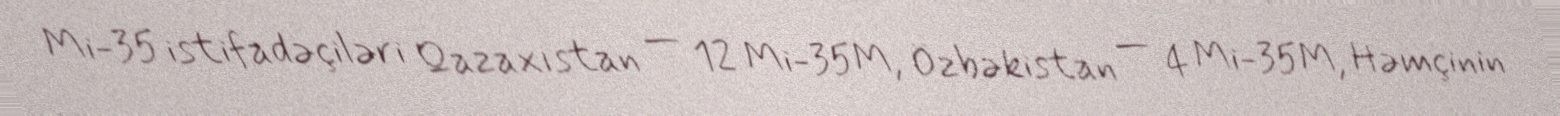
Mi-35 istifadəçiləri Qazaxıstan — 12 Mi-35M, Özbəkistan — 4 Mi-35M, Həmçinin